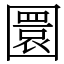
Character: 圜